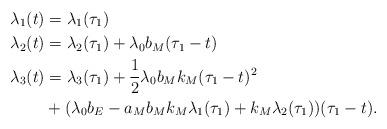
LaTeX: \begin{align*} \lambda_1(t) &= \lambda_1(\tau_1) \\ \lambda_2(t) &= \lambda_2(\tau_1) + \lambda_0 b_M (\tau_1 - t) \\ \lambda_3(t) &= \lambda_3(\tau_1) + \frac{1}{2} \lambda_0 b_M k_M (\tau_1 - t)^2 \\ & + (\lambda_0 b_E - a_M b_M k_M \lambda_1(\tau_1) + k_M \lambda_2(\tau_1)) (\tau_1 - t).\end{align*}